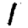
Digit: 1